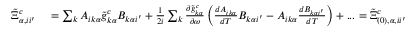
\begin{array} { r l } { \tilde { \Xi } _ { \alpha , i i ^ { \prime } } ^ { c } } & { { } = \sum _ { k } A _ { i k \alpha } \tilde { g } _ { k \alpha } ^ { c } B _ { k \alpha i ^ { \prime } } + \frac { 1 } { 2 i } \sum _ { k } \frac { \partial \tilde { g } _ { k \alpha } ^ { c } } { \partial \omega } \left( \frac { d A _ { i k \alpha } } { d T } B _ { k \alpha i ^ { \prime } } - A _ { i k \alpha } \frac { d B _ { k \alpha i ^ { \prime } } } { d T } \right) + . . . = \tilde { \Xi } _ { ( 0 ) , \alpha , i i ^ { \prime } } ^ { c } + \tilde { \Xi } _ { ( 1 ) , \alpha , i i ^ { \prime } } ^ { c } + . . . , } \end{array}